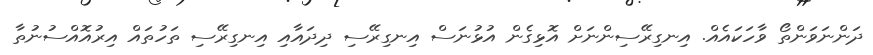
ދަންނަވަންތޯ ވާހަކައެއް. އިނގިރޭސިންނަށް އޮޅިގެން އުޅުނަސް އިނގިރޭސި ދިދައާއި އިނގިރޭސި ތަހުތައް އިރުއޮއްސުނުތާ